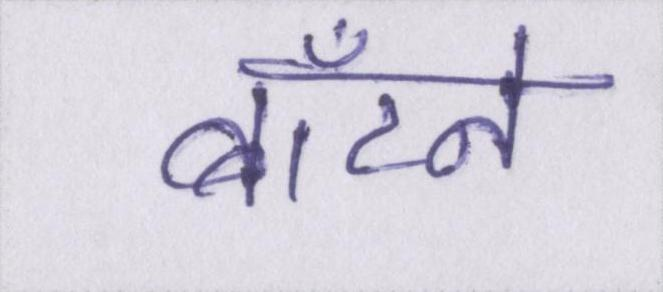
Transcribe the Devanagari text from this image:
बाँटने